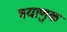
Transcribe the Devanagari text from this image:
त्रयाणुक